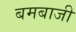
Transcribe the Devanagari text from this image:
बमबाजी